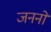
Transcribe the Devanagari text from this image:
जननों